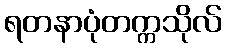
ရတနာပုံတက္ကသိုလ်